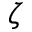
\zeta